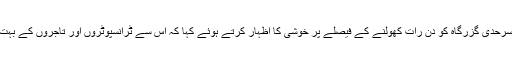
شاکر آفریدی نے طورخم کی سرحدی گزرگاہ کو دن رات کھولنے کے فیصلے پر خوشی کا اظہار کرتے ہوئے کہا کہ اس سے ٹرانسپوٹروں اور تاجروں کے بہت سے مسائل حل ہو جائیں گے۔